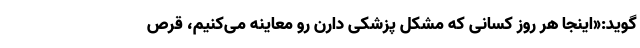
گوید:«اینجا هر روز کسانی که مشکل پزشکی دارن رو معاینه می‌کنیم، قرص